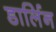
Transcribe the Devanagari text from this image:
डार्लिन